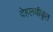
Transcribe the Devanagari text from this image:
देहलवीकृत